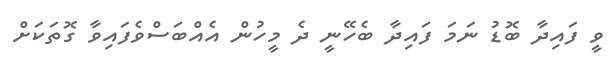
ވީ ފައިދާ ބޮޑު ނަމަ ފައިދާ ބެހޭނީ ދެ މީހުން އެއްބަސްވެފައިވާ ގޮތަކަށް